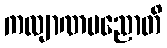
ကလျာဏပညောတိ